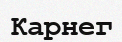
Карнег